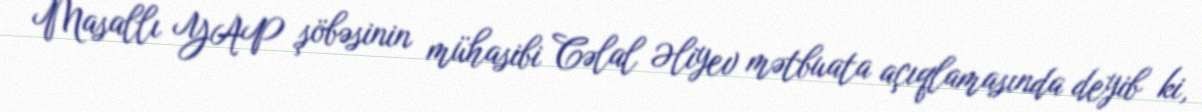
Masallı YAP şöbəsinin mühasibi Cəlal Əliyev mətbuata açıqlamasında deyib ki,